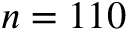
n = 1 1 0